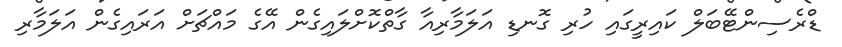
ޑްރެސިންޓޭބަލް ކައިރީގައި ހުރި ގޮނޑި އަލަމާރިއާ ގާތްކޮށްލައިގެން އޭގެ މައްޗަށް އަރައިގެން އަލަމާރި